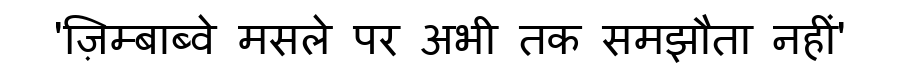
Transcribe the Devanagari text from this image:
'ज़िम्बाब्वे मसले पर अभी तक समझौता नहीं'